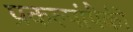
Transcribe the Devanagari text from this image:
प्रकल्पांपैकी